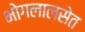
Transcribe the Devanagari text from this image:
भोगलालसेत